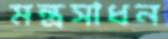
মন্ত্রসাধন